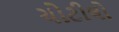
ચોટીલો